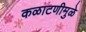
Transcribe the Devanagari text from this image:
कळाटणीमुळे